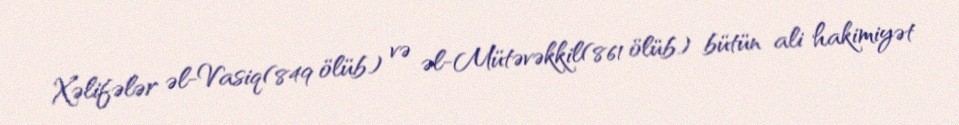
Xəlifələr əl-Vasiq(849 ölüb) və əl-Mütəvəkkil(861 ölüb) bütün ali hakimiyət